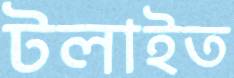
টলাইত